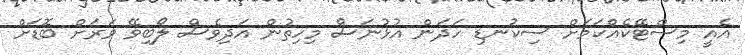
އެއީ މިސްޓޭކެއްކަމަށް ސިކުނޑި ހަދަން އުޅުނަސް މިހިތުން އަދިވެސް ލޯބިވޭ ވަރަށް ބޮޑަށް